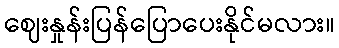
ဈေးနှုန်းပြန်ပြောပေးနိုင်မလား။